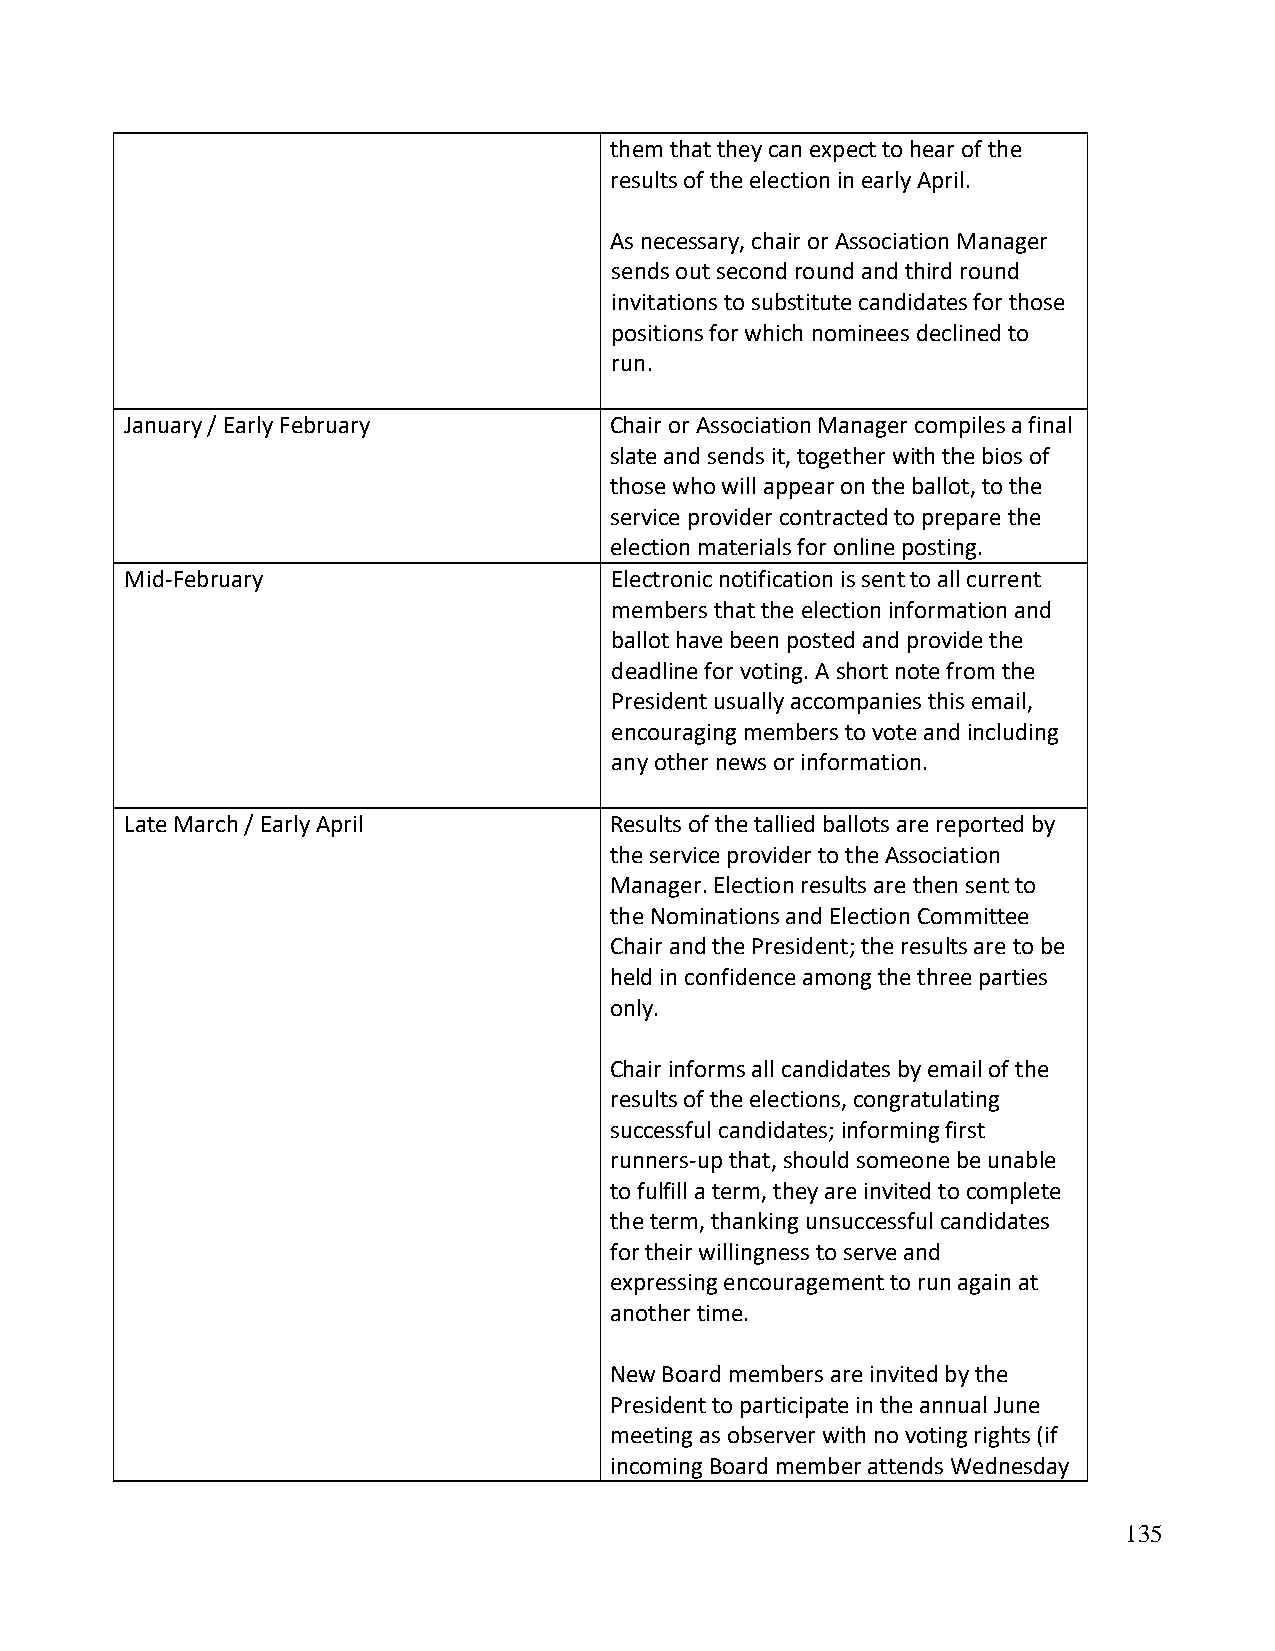
them that they can expect to hear of the
 results of the election in early April.
 As necessary, chair or Association Manager
 sends out second round and third round
 invitations to substitute candidates for those
 positions for which nominees declined to
 run.
 January / Early February        Chair or Association Manager compiles a final
 slate and sends it, together with the bios of
 those who will appear on the ballot, to the
 service provider contracted to prepare the
 election materials for online posting.
 Mid-February                    Electronic notification is sent to all current
 members that the election information and
 ballot have been posted and provide the
 deadline for voting. A short note from the
 President usually accompanies this email,
 encouraging members to vote and including
 any other news or information.
 Late March / Early April        Results of the tallied ballots are reported by
 the service provider to the Association
 Manager. Election results are then sent to
 the Nominations and Election Committee
 Chair and the President; the results are to be
 held in confidence among the three parties
 only.
 Chair informs all candidates by email of the
 results of the elections, congratulating
 successful candidates; informing first
 runners-up that, should someone be unable
 to fulfill a term, they are invited to complete
 the term, thanking unsuccessful candidates
 for their willingness to serve and
 expressing encouragement to run again at
 another time.
 New Board members are invited by the
 President to participate in the annual June
 meeting as observer with no voting rights (if
 incoming Board member attends Wednesday
 135